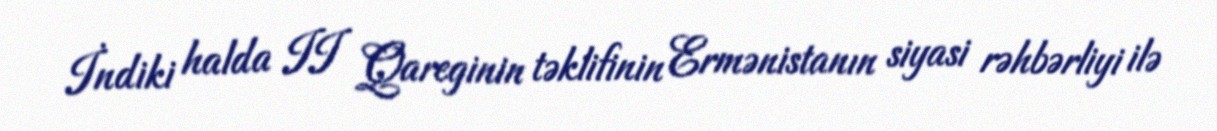
İndiki halda II Qareginin təklifinin Ermənistanın siyasi rəhbərliyi ilə